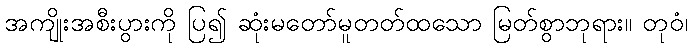
အကျိုးအစီးပွားကို ပြ၍ ဆုံးမတော်မူတတ်ထသော မြတ်စွာဘုရား။ တုဝံ၊